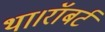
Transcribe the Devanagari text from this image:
था।रॉबर्ट